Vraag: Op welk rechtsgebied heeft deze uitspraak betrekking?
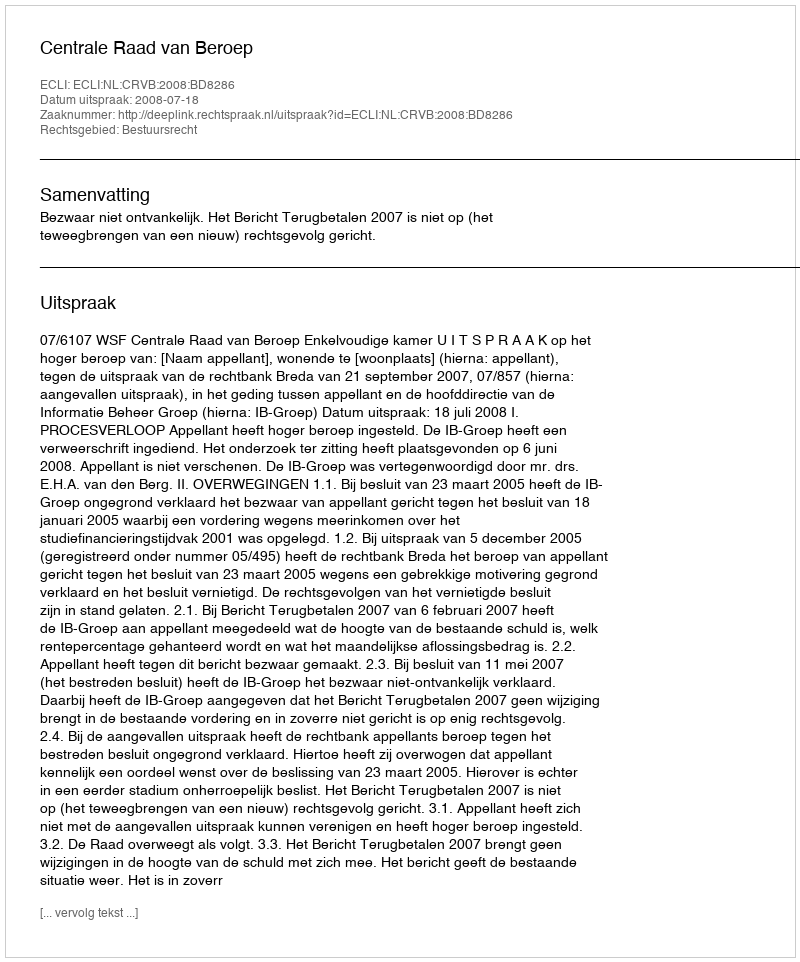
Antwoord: Bestuursrecht